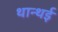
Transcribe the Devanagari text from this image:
थान्थई